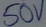
Text: 50V